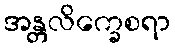
အန္တလိက္ခေစရာ